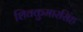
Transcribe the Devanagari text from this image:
शिवकुमारसिंह